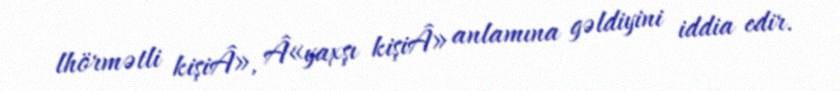
lhörmətli kişiÂ», Â«yaxşı kişiÂ» anlamına gəldiyini iddia edir.